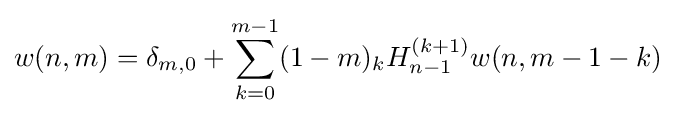
w(n,m)=\delta _{m,0}+\sum _{k=0}^{m-1}(1-m)_{k}H_{n-1}^{(k+1)}w(n,m-1-k)